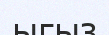
ыгыз